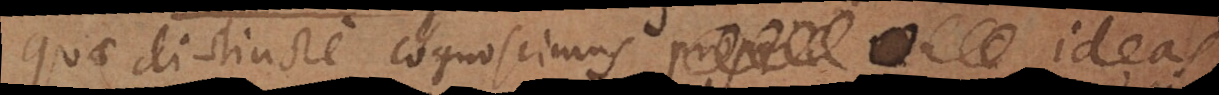
quae distincte cognoscimus, ideas